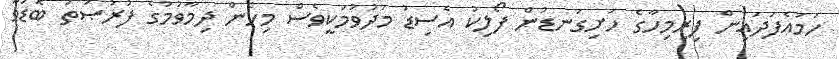
ހަމައެފަދައިން ފިރިމިހާގެ ހަށިގަނޑުން ފޯލިކު އެސިޑު މަދުވުމަކީވެސް މިހެން ދިމާވުމުގެ ފުރުޞަތު ބޮޑުވާ